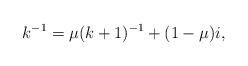
LaTeX: \begin{align*}k^{-1}=\mu (k+1)^{-1}+(1-\mu)i,\end{align*}